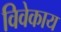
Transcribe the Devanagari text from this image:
विवेकाय